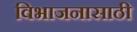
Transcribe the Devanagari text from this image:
विभाजनासाठी